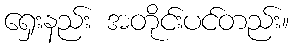
ရှေးနည်း အတိုင်းပင်တည်း။